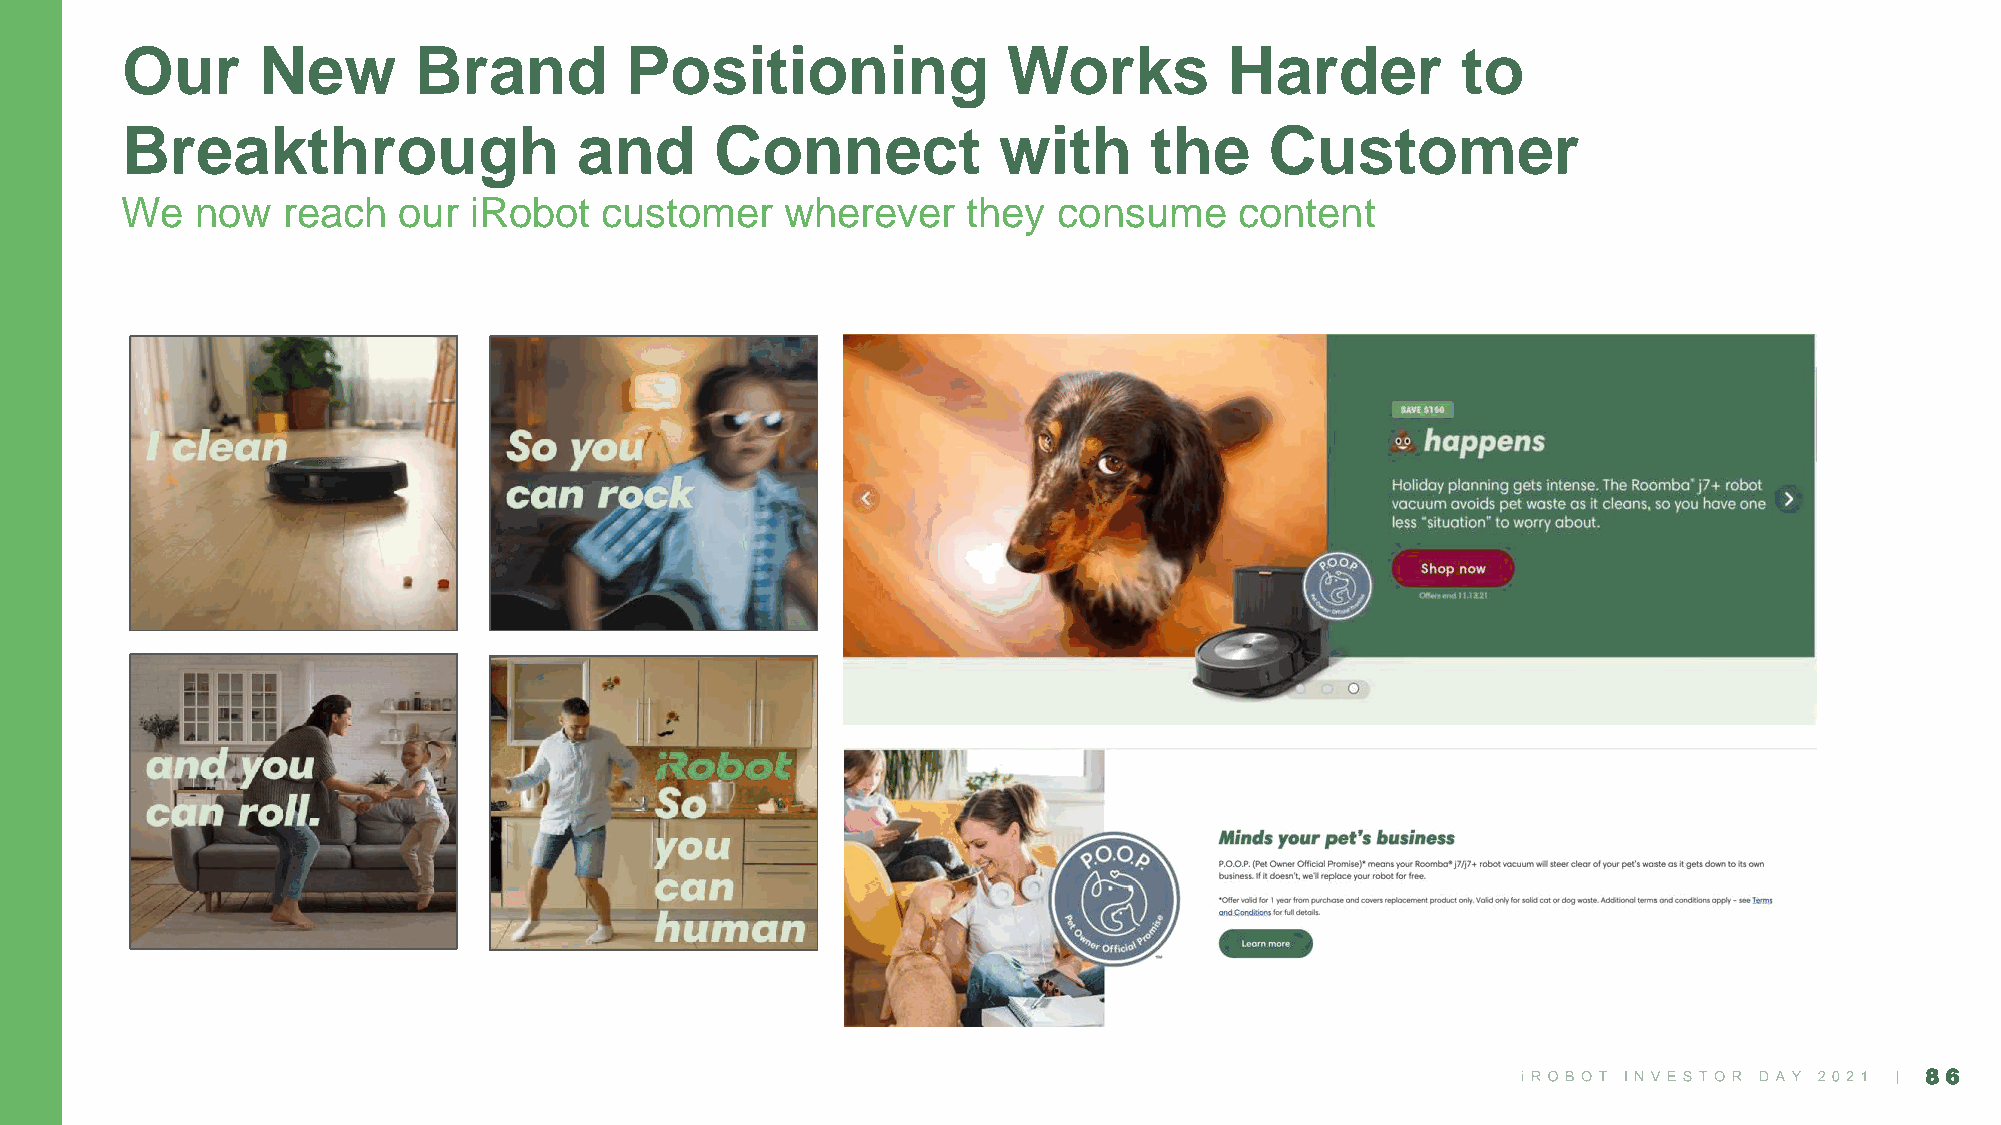
Our      New       Brand         Positioning               Works         Harder          to
 Breakthrough                  and      Connect            with      the     Customer
 We   now   reach  our  iRobot   customer    wherever    they  consume     content
 86